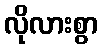
လိုလားစွာ